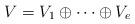
LaTeX: \begin{align*}V=V_1\oplus\cdots\oplus V_e\end{align*}